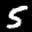
Label: 5